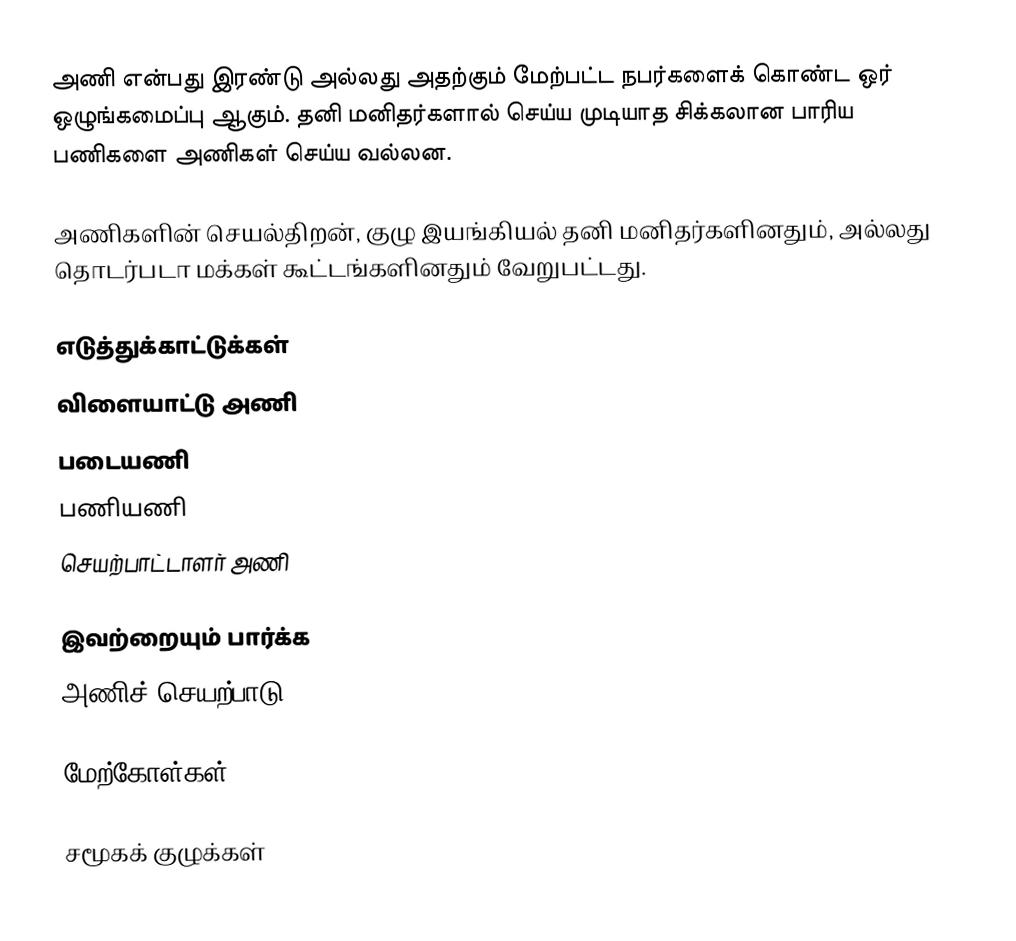
அணி என்பது இரண்டு அல்லது அதற்கும் மேற்பட்ட நபர்களைக் கொண்ட ஒர் ஒழுங்கமைப்பு ஆகும்.  தனி மனிதர்களால் செய்ய முடியாத சிக்கலான பாரிய பணிகளை அணிகள் செய்ய வல்லன.

அணிகளின் செயல்திறன், குழு இயங்கியல் தனி மனிதர்களினதும், அல்லது தொடர்படா மக்கள் கூட்டங்களினதும் வேறுபட்டது.

எடுத்துக்காட்டுக்கள்
 விளையாட்டு அணி
 படையணி
 பணியணி
 செயற்பாட்டாளர் அணி

இவற்றையும் பார்க்க
 அணிச் செயற்பாடு

மேற்கோள்கள்

சமூகக் குழுக்கள்